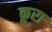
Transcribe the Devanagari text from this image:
क़ुरा